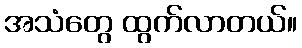
အသံတွေ ထွက်လာတယ်။